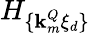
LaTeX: H_{\{ \textbf{k}_{m}^{Q}\xi_{d}\} }